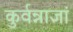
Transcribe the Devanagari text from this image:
कुर्वन्नाज्ञां